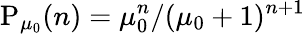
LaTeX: \mathrm{P}_{\mu_{0}}(n)=\mu_{0}^{n}/(\mu_{0}+1)^{n+1}